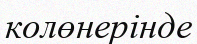
колөнерінде